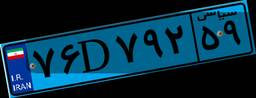
۶۴D۶۷۲۴۵